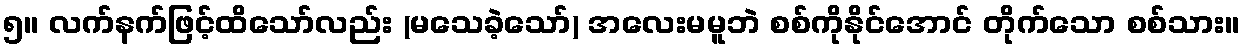
၅။ လက်နက်ဖြင့်ထိသော်လည်း (မသေခဲ့သော်) အလေးမမူဘဲ စစ်ကိုနိုင်အောင် တိုက်သော စစ်သား။